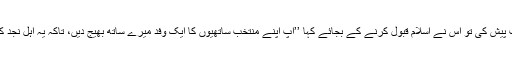
آنحضور صلی اللہ علیہ وسلم نے اس کے سامنے اسلام کی دعوت پیش کی تو اس نے اسلام قبول کرنے کے بجائے کہا ’’آپ اپنے منتخب ساتھیوں کا ایک وفد میرے ساتھ بھیج دیں، تاکہ یہ اہلِ نجد کو اسلام کی دعوت پیش کریں اور لوگ اسلام میں داخل ہوجائیں‘‘۔